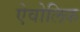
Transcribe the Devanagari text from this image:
ऐवोलिक